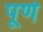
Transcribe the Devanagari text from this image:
पूर्ण